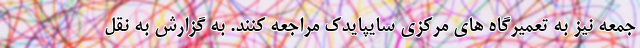
جمعه نیز به تعمیرگاه های مرکزی سایپایدک مراجعه کنند. به گزارش به نقل